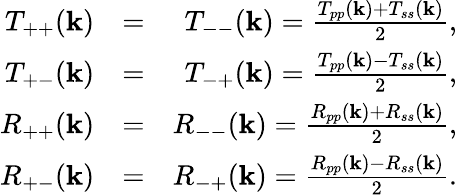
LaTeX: \begin{array}{rlr}{T_{++}({\mathbf k})}&{=}&{T_{--}({\mathbf k})=\frac{T_{pp}({\mathbf k})+T_{ss}({\mathbf k})}{2},}\\ {T_{+-}({\mathbf k})}&{=}&{T_{-+}({\mathbf k})=\frac{T_{pp}({\mathbf k})-T_{ss}({\mathbf k})}{2},}\\ {R_{++}({\mathbf k})}&{=}&{R_{--}({\mathbf k})=\frac{R_{pp}({\mathbf k})+R_{ss}({\mathbf k})}{2},}\\ {R_{+-}({\mathbf k})}&{=}&{R_{-+}({\mathbf k})=\frac{R_{pp}({\mathbf k})-R_{ss}({\mathbf k})}{2}.}\end{array}